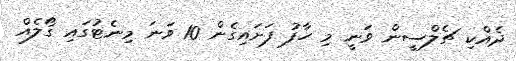
ދެއްކި ޗެލްސީން ވަނީ މި ހާފު ފަށައިގެން 10 ވަނަ މިނެޓުގައި ގޯލެއް